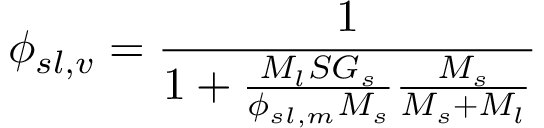
\phi _ { s l , v } = { \frac { 1 } { 1 + { \frac { M _ { l } S G _ { s } } { \phi _ { s l , m } M _ { s } } } { \frac { M _ { s } } { M _ { s } + M _ { l } } } } }